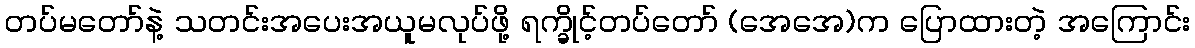
တပ်မတော်နဲ့ သတင်းအပေးအယူမလုပ်ဖို့ ရက္ခိုင့်တပ်တော် (အေအေ)က ပြောထားတဲ့ အကြောင်း